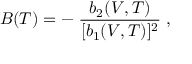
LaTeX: B ( T ) = - \; { \frac { b _ { 2 } ( V , T ) } { [ b _ { 1 } ( V , T ) ] ^ { 2 } } } \; ,